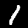
Label: 1